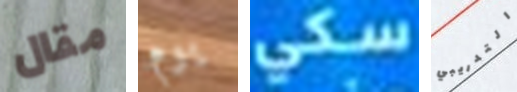
مقال يوم سكي التدريبي